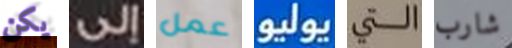
يكن إلى عمل يوليو التي شارب